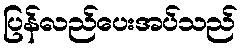
ပြန်လည်ပေးအပ်သည်